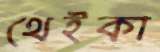
থেইকা